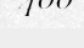
400